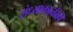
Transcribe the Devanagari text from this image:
संध्याकाळीही